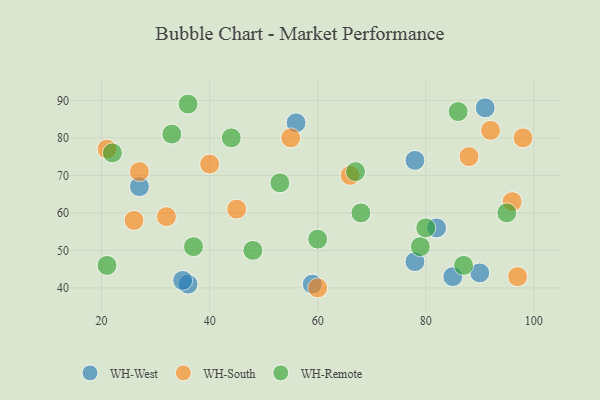
{"axis": {"x": "GDP", "y": "Life Expectancy"}, "legend": ["WH-Remote", "WH-South", "WH-West"], "data": [{"x": "78", "y": 47, "type": "WH-West"}, {"x": "56", "y": 84, "type": "WH-West"}, {"x": "59", "y": 41, "type": "WH-West"}, {"x": "90", "y": 44, "type": "WH-West"}, {"x": "27", "y": 67, "type": "WH-West"}, {"x": "36", "y": 41, "type": "WH-West"}, {"x": "91", "y": 88, "type": "WH-West"}, {"x": "78", "y": 74, "type": "WH-West"}, {"x": "82", "y": 56, "type": "WH-West"}, {"x": "35", "y": 42, "type": "WH-West"}, {"x": "85", "y": 43, "type": "WH-West"}, {"x": "97", "y": 43, "type": "WH-South"}, {"x": "92", "y": 82, "type": "WH-South"}, {"x": "21", "y": 77, "type": "WH-South"}, {"x": "32", "y": 59, "type": "WH-South"}, {"x": "66", "y": 70, "type": "WH-South"}, {"x": "88", "y": 75, "type": "WH-South"}, {"x": "26", "y": 58, "type": "WH-South"}, {"x": "96", "y": 63, "type": "WH-South"}, {"x": "27", "y": 71, "type": "WH-South"}, {"x": "60", "y": 40, "type": "WH-South"}, {"x": "40", "y": 73, "type": "WH-South"}, {"x": "45", "y": 61, "type": "WH-South"}, {"x": "98", "y": 80, "type": "WH-South"}, {"x": "55", "y": 80, "type": "WH-South"}, {"x": "33", "y": 81, "type": "WH-Remote"}, {"x": "48", "y": 50, "type": "WH-Remote"}, {"x": "86", "y": 87, "type": "WH-Remote"}, {"x": "67", "y": 71, "type": "WH-Remote"}, {"x": "44", "y": 80, "type": "WH-Remote"}, {"x": "95", "y": 60, "type": "WH-Remote"}, {"x": "87", "y": 46, "type": "WH-Remote"}, {"x": "36", "y": 89, "type": "WH-Remote"}, {"x": "68", "y": 60, "type": "WH-Remote"}, {"x": "21", "y": 46, "type": "WH-Remote"}, {"x": "22", "y": 76, "type": "WH-Remote"}, {"x": "37", "y": 51, "type": "WH-Remote"}, {"x": "53", "y": 68, "type": "WH-Remote"}, {"x": "79", "y": 51, "type": "WH-Remote"}, {"x": "80", "y": 56, "type": "WH-Remote"}, {"x": "60", "y": 53, "type": "WH-Remote"}]}